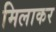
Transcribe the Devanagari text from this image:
मिलाकर